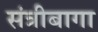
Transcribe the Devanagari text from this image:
संत्रीबागा